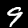
Digit: 9